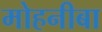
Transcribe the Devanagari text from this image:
मोहनीबा